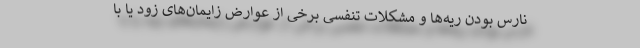
نارس بودن ریه‌ها و مشکلات تنفسی برخی از عوارض زایمان‌های زود یا با